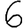
Digit: 6